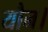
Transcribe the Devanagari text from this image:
यौन।